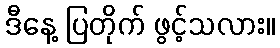
ဒီနေ့ ပြတိုက် ဖွင့်သလား။